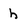
Character: h